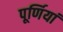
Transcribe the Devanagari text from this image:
पूर्णियां